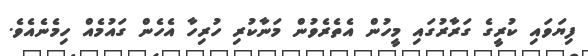
ފިޔަވައި ކުރީގެ ގަރާރުގައި މީހުން އެތެރެވުން މަނާކުރި ހުރިހާ އެހެން ގައުމެއް ހިމެނެއެވެ.